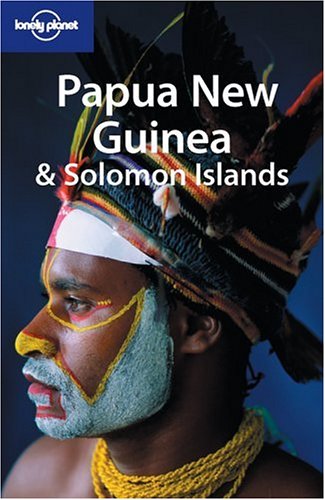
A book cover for Papua New Guinea & Solomon Islands (Lonely Planet); Andrew Burke; Travel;